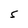
Character: S